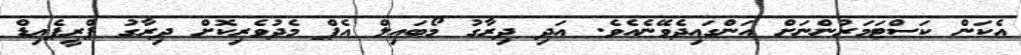
އެކަން ކަސްޓަމަރުންނަށް އަންގައިދެވޭނެއެވެ. އަދި ދިރާގު މޯބައިލް އެޕް މެދުވެރިކޮށް ދިރާގު ޕްރީޕެއިޑް